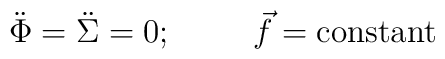
\ddot \Phi = \ddot \Sigma = 0 ; \hskip1cm {\vec f} = {\rm constant}